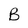
Character: B